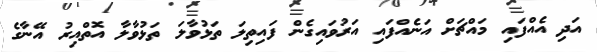
އަދި އެއްފައި މައްޗަށް އަނެއްފައި އަރުވައިގެން ފައިތިލަ ތަޅުވާލަ ތަޅުވާލާ އޮތްއިރު އޭނާގެ